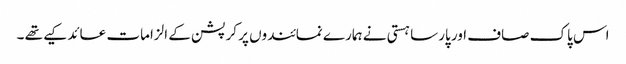
اس پاک صاف اور پارسا ہستی نے ہمارے نمائندوں پر کرپشن کے الزامات عائد کیے تھے ۔